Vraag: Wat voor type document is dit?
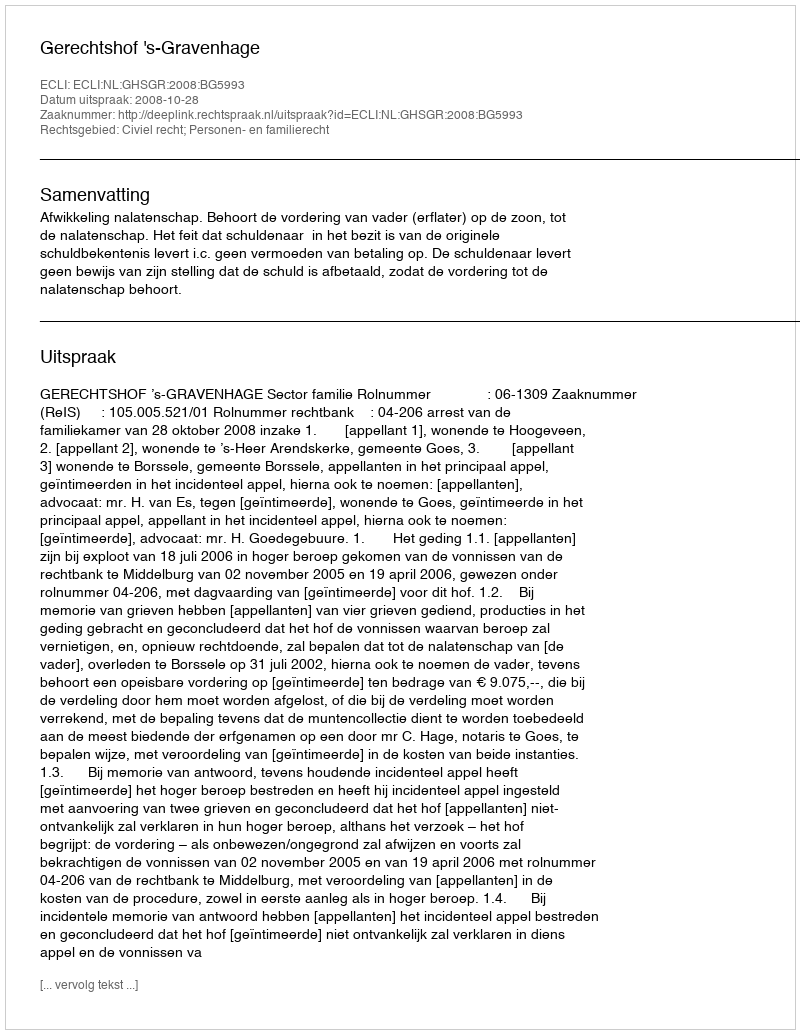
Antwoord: Uitspraak